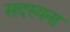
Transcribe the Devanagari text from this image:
सदस्यना